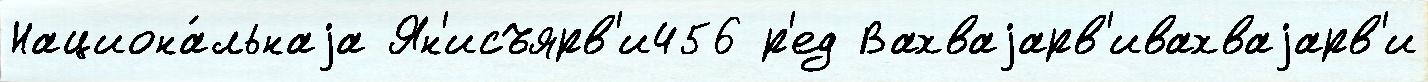
Национа́льнаjа Ян'исъярв'и456 р'ед Вахваjарв'ивахваjарв'и